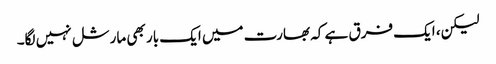
لیکن، ایک فرق ہے کہ بھارت میں ایک بار بھی مارشل نہیں لگا۔